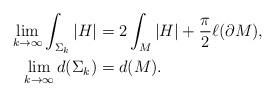
LaTeX: \begin{align*} \lim_{k\to\infty}\int_{\Sigma_k}|H| &= 2\int_M|H| + \frac{\pi}{2}\ell(\partial M), \\ \lim_{k\to\infty}d(\Sigma_k) &=d(M). \end{align*}